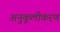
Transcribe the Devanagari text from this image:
अनुकूलीकरण